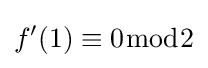
f'(1)\equiv 0{\bmod {2}}